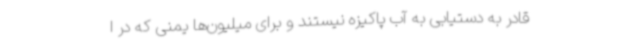
قادر به دستیابی به آب پاکیزه نیستند و برای میلیون‌ها یمنی که در ا